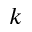
k